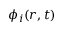
\phi _ { i } ( \boldsymbol { r } , t )